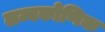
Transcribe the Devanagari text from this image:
लम्बकोणिक